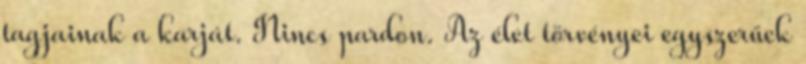
tagjainak a karját. Nincs pardon. Az élet törvényei egyszerűek